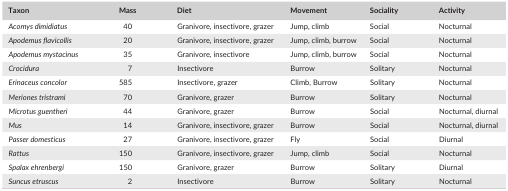
| Taxon | Mass | Diet | Movement | Sociality | Activity |
 | --- | --- | --- | --- | --- | --- |
 | Acomys dimidiatus | 40 | Granivore, insectivore, grazer | Jump, climb | Social | Nocturnal |
 | Apodemus flavicollis | 20 | Granivore, insectivore, grazer | Jump, climb, burrow | Social | Nocturnal |
 | Apodemus mystacinus | 35 | Granivore, insectivore | Jump, climb, burrow | Social | Nocturnal |
 | Crocidura | 7 | Insectivore | Burrow | Solitary | Nocturnal |
 | Erinaceus concolor | 585 | Insectivore, grazer | Climb, Burrow | Solitary | Nocturnal |
 | Meriones tristrami | 70 | Granivore, grazer | Burrow | Solitary | Nocturnal |
 | Microtus guentheri | 44 | Granivore, grazer | Burrow | Social | Nocturnal, diurnal |
 | Mus | 14 | Granivore, insectivore, grazer | Burrow | Social | Nocturnal, diurnal |
 | Passer domesticus | 27 | Granivore, insectivore, grazer | Fly | Social | Diurnal |
 | Rattus | 150 | Granivore, insectivore, grazer | Jump, climb | Social | Nocturnal |
 | Spalax ehrenbergi | 150 | Granivore, grazer | Burrow | Solitary | Diurnal |
 | Suncus etruscus | 2 | Insectivore | Burrow | Solitary | Nocturnal |